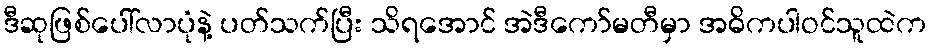
ဒီဆုဖြစ်ပေါ်လာပုံနဲ့ ပတ်သက်ပြီး သိရအောင် အဲဒီကော်မတီမှာ အဓိကပါဝင်သူထဲက